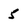
Character: 5